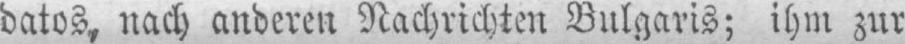
datos, nach anderen Nachrichten Bulgaris; ihm zur